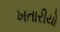
ખતારીયો